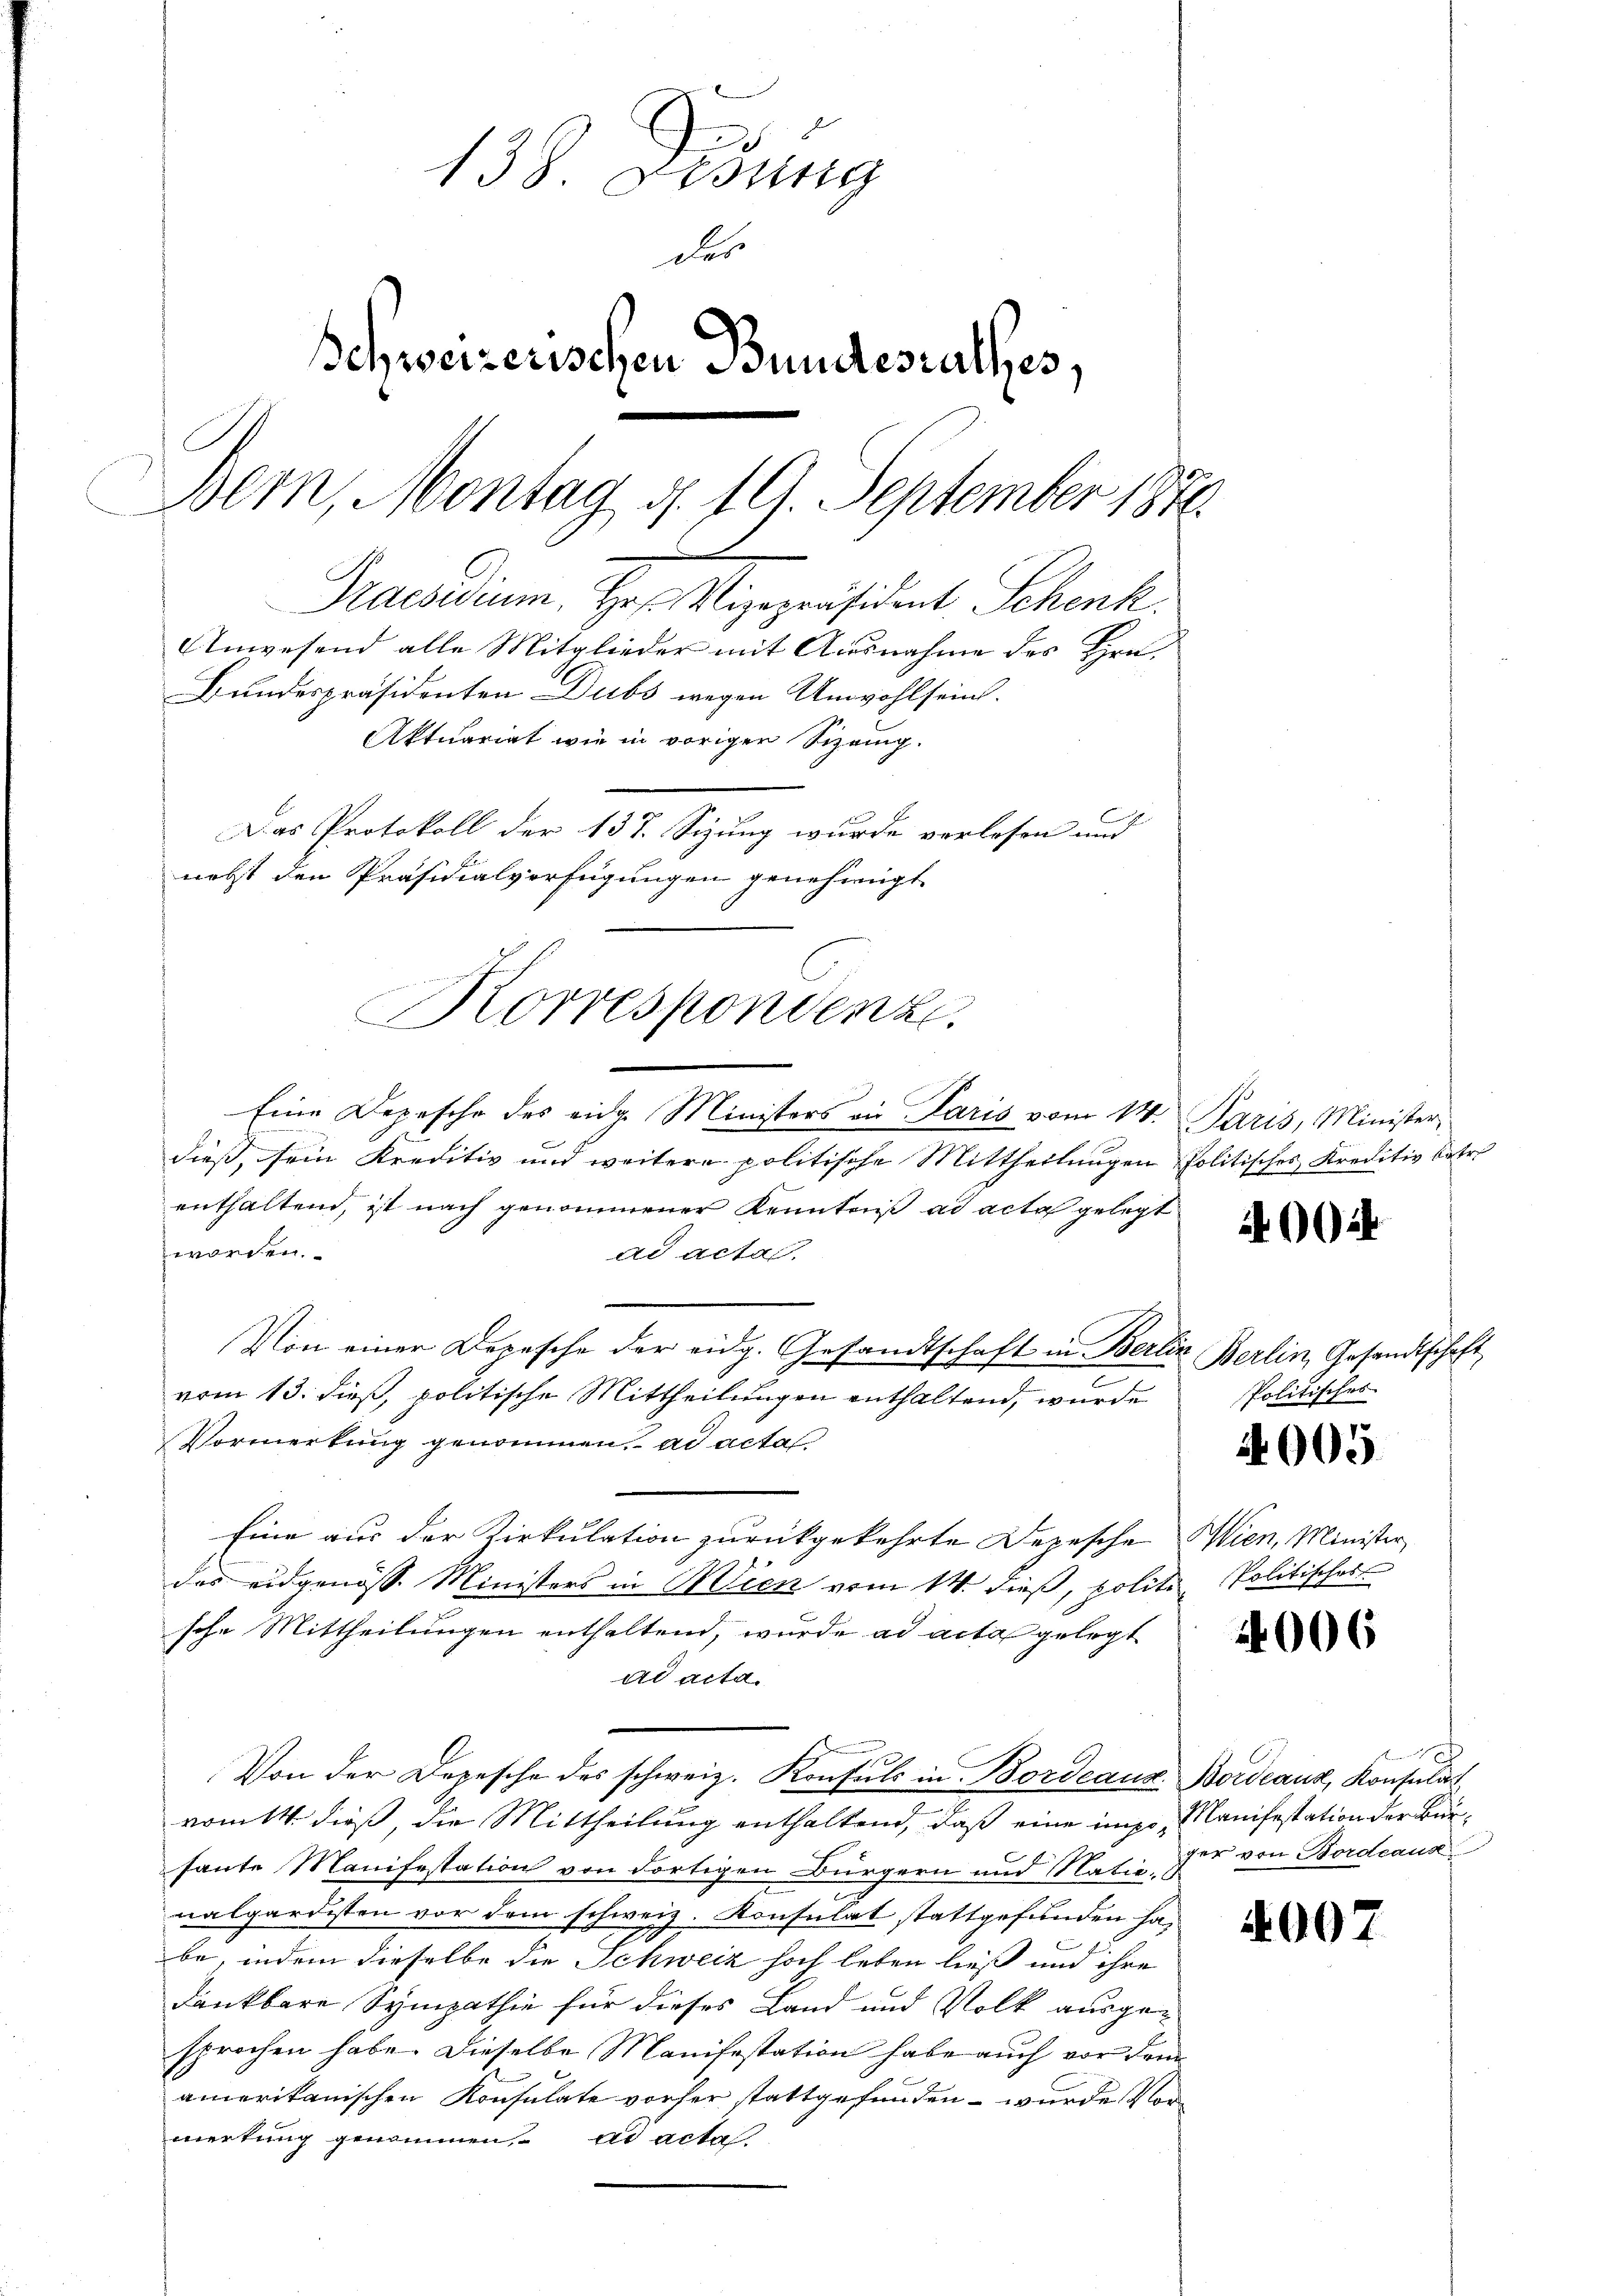
138. Febung
des
Schweizerischen Bundesrathes,
Bem, Montag d. 19. September 1856
Praesidium. Hr. Vizepräsident Schenk.
Anwesend alle Mitglieder mit Ausnahme des Hrn.
Bundespräsidenten Dubs wegen Unwohlsein.
Aktuariat wie in voriger Schang.
Das Protokoll der 137. Sizung wurde verlesen und
nebst den Präsidialverfügungen genehmigt.

Korrespondenz.

Eine Depesche des eidg. Ministers an Paris vom 14. Paris, Minister,
dieß, sein Kreditiv und weitere politische Mittheilungen Politisches Kreditiv betr.
enthaltend, ist nach genommener Kenntniß ad acta gelegt
worden.
ad actas.
Von einer Depesche der eidg. Gesandtschaft in Berlin Berlin, Gesandtschaft
vom 13. dieß, politische Mittheilungen enthaltend, wurde
Vormerkung genommen, ad acta
Eine aus der Kirkulation zurückgekehrte Depesche Wien, Minister
das eidgenöss. Ministers in Wien vom 14. dieß, polite Politisches
sche Mittheilungen enthaltend, wurde ad acta gelegt
ad acta.
Von der Depesche des schweiz. Konsuls in Bordeaus Bordeaux, Konsulat
vom 14. dieß, die Mittheilung enthaltend, daß eine impo, Manifestation der Bürhaute Manifestation von dortigen Bürgern und Natic zur von Bordeaus
nalgardisten vor dem schweiz. Konsulat stattgefunden habe, indem dieselbe die Schweiz hoch leben ließ und ihre
dankbare Sympathie für dieses Land und Volk ausgesprochen habe. Dieselbe Manifestation habe auch vor dem
amerikanischen Konsulate vorher stattgefunden – wurde Vormerkung genommen, es acta

40024

Politisches

4005

4006

1007